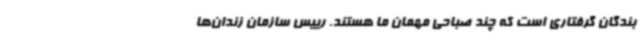
بندگان گرفتاری است که چند صباحی مهمان ما هستند. رییس سازمان زندان‌ها